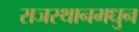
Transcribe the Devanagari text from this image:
राजस्थानमधुन